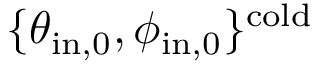
\{ \theta _ { \mathrm { i n , 0 } } , \phi _ { \mathrm { i n , 0 } } \} ^ { \mathrm { c o l d } }